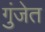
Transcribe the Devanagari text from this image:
गुंजेत